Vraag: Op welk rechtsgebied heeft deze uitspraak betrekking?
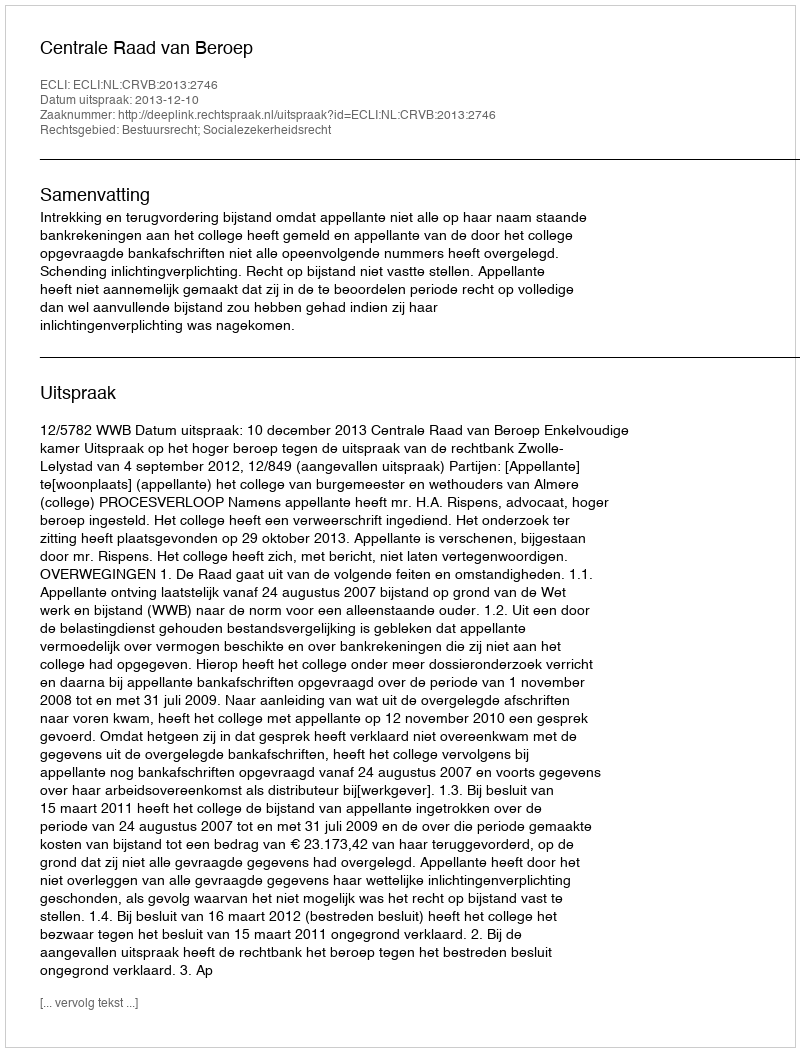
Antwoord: Bestuursrecht; Socialezekerheidsrecht